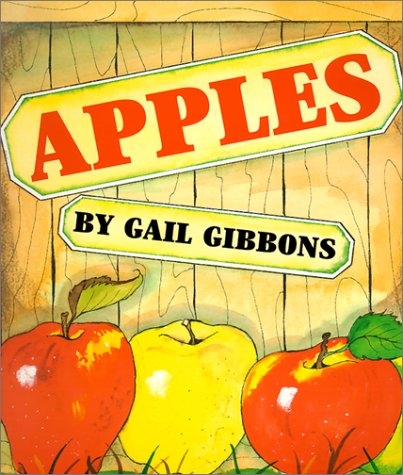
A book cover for Apples; Gail Gibbons; Children's Books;